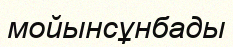
мойынсұнбады